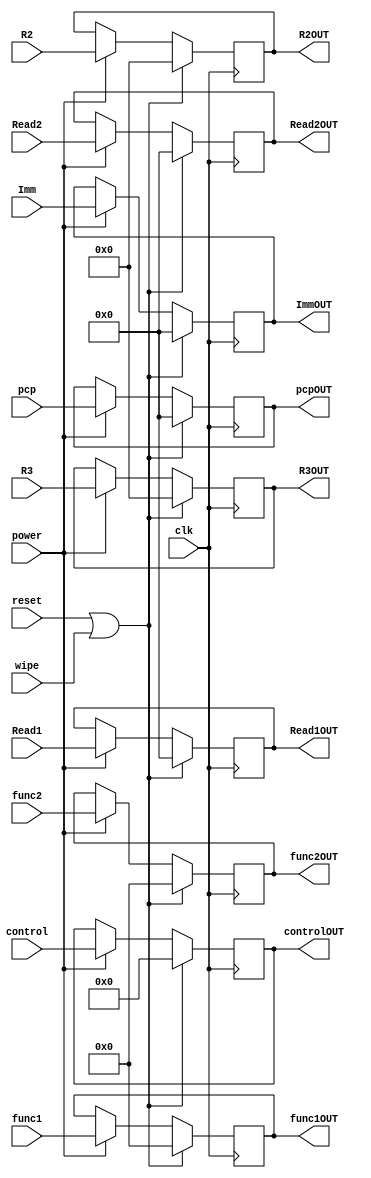
module IDEX (input [7:0] control, input [31:0] pcp, Read1, Read2,Imm, input [5:0] func1,func2, input [4:0]R2, R3,input clk,reset,wipe,power, output reg [7:0] controlOUT, output reg[31:0] pcpOUT,Read1OUT,Read2OUT,ImmOUT,output reg [5:0] func1OUT,func2OUT,output reg [4:0] R2OUT,R3OUT );

	always @(negedge clk) 
	begin
		if(reset|wipe) begin
			controlOUT <= 0;
			Read1OUT <=0;
			Read2OUT <= 0;
			ImmOUT <= 0;
			func1OUT <= 0;
			func2OUT <=0;
			R2OUT <=0;
			R3OUT <= 0;
			pcpOUT <= 0;
		end
		else if (power)begin
			controlOUT <= control;
			Read1OUT <=Read1;
			Read2OUT <= Read2;
			pcpOUT <= pcp;
			ImmOUT <= Imm;
			R2OUT <= R2;
			R3OUT <= R3;
			func1OUT <= func1;
			func2OUT <= func2;
		end
	end


endmodule